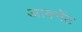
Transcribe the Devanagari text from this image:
आर्क्नेट